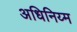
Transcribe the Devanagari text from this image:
अधिनिय्म